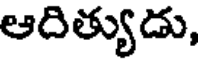
ఆదిత్యుడు,